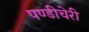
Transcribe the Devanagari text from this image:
पण्डीचेरी